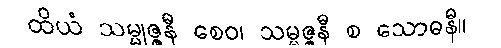
ထိယံ သမ္မုဇ္ဇနီ စေဝ၊ သမ္မဇ္ဇနီ စ သောဓနီ။